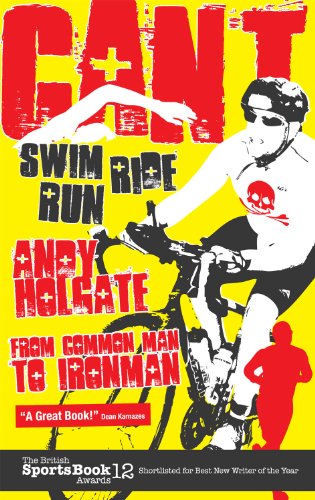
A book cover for Can't Swim, Can't Ride, Can't Run: From Common Man to Ironman; Andy Holgate; Sports & Outdoors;